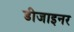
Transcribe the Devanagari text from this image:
डीजाइनर